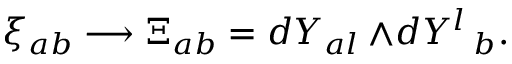
\xi _ { a b } \longrightarrow \Xi _ { a b } = d Y _ { a l } \, { \wedge } { d Y ^ { l } \, _ { b } } .